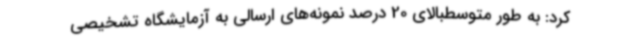
کرد: به‌ طور متوسطبالای 20 درصد نمونه‌های ارسالی به آزمایشگاه تشخیصی